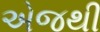
એજથી